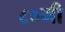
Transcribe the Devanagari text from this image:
८०मी